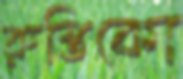
রুস্তিকো